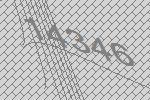
14346